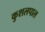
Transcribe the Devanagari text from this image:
कुशलपाल